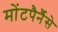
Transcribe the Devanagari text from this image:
मोंटपैर्नैसे